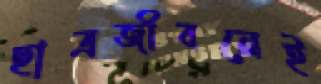
ছাত্রজীবনেই